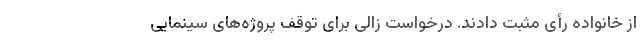
از خانواده رأی مثبت دادند. درخواست زالی برای توقف پروژه‌های سینمایی